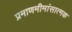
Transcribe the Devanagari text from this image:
प्रमाणमीमांसात्मक